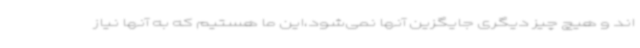
اند و هیچ چیز دیگری جایگزین آنها نمی‌شود،این ما هستیم که به آنها نیاز